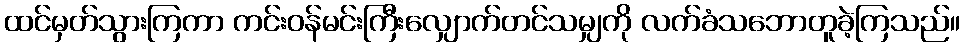
ထင်မှတ်သွားကြကာ ကင်းဝန်မင်းကြီးလျှောက်တင်သမျှကို လက်ခံသဘောတူခဲ့ကြသည်။